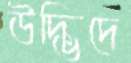
উদ্ভিদে